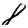
Digit: 8